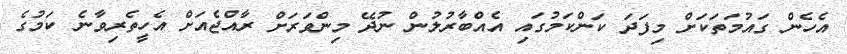
އެހެން ގައުމަތަކަށް މިފަދަ ކަންކަމުގައި އެއްބާރުލުން ނުދޭ މިންވަރަށް ރާއްޖެއަށް އެހީތެރިވާނެ ކަމުގެ